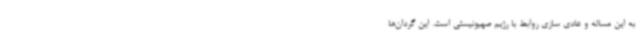
به این مساله و عادی سازی روابط با رژیم صهیونیستی است. این گردان‌ها